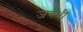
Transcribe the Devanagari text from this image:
जगथी